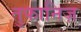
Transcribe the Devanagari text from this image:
तुफानिज़